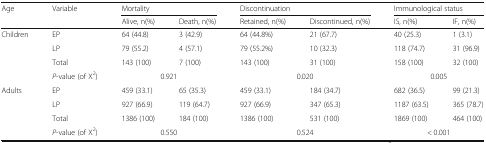
<table><thead><tr><td rowspan="2"><b>Age</b></td><td rowspan="2"><b>Variable</b></td><td colspan="2"><b>Mortality</b></td><td colspan="2"><b>Discontinuation</b></td><td colspan="2"><b>Immunological status</b></td></tr><tr><td><b>Alive, n(%)</b></td><td><b>Death, n(%)</b></td><td><b>Retained, n(%)</b></td><td><b>Discontinued, n(%)</b></td><td><b>IS, n(%)</b></td><td><b>IF, n(%)</b></td></tr></thead><tbody><tr><td rowspan="4">Children</td><td>EP</td><td>64 (44.8)</td><td>3 (42.9)</td><td>64 (44.8%)</td><td>21 (67.7)</td><td>40 (25.3)</td><td>1 (3.1)</td></tr><tr><td>LP</td><td>79 (55.2)</td><td>4 (57.1)</td><td>79 (55.2%)</td><td>10 (32.3)</td><td>118 (74.7)</td><td>31 (96.9)</td></tr><tr><td>Total</td><td>143 (100)</td><td>7 (100)</td><td>143 (100)</td><td>31 (100)</td><td>158 (100)</td><td>32 (100)</td></tr><tr><td><i>P</i>-value (of X<sup>2</sup>)</td><td colspan="2">0.921</td><td colspan="2">0.020</td><td colspan="2">0.005</td></tr><tr><td rowspan="4">Adults</td><td>EP</td><td>459 (33.1)</td><td>65 (35.3)</td><td>459 (33.1)</td><td>184 (34.7)</td><td>682 (36.5)</td><td>99 (21.3)</td></tr><tr><td>LP</td><td>927 (66.9)</td><td>119 (64.7)</td><td>927 (66.9)</td><td>347 (65.3)</td><td>1187 (63.5)</td><td>365 (78.7)</td></tr><tr><td>Total</td><td>1386 (100)</td><td>184 (100)</td><td>1386 (100)</td><td>531 (100)</td><td>1869 (100)</td><td>464 (100)</td></tr><tr><td><i>P</i>-value (of X<sup>2</sup>)</td><td colspan="2">0.550</td><td colspan="2">0.524</td><td colspan="2">&lt; 0.001</td></tr></tbody></table>